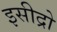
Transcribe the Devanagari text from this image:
इसीद्रो